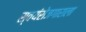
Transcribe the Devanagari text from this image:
स्वयंरोजगाराला